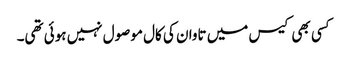
کسی بھی کیس میں تاوان کی کال موصول نہیں ہوئی تھی۔